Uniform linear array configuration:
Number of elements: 8
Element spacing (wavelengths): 0.75
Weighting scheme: blackman
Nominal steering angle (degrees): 45
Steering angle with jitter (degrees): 45.987
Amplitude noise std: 0.05
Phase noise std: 0.05

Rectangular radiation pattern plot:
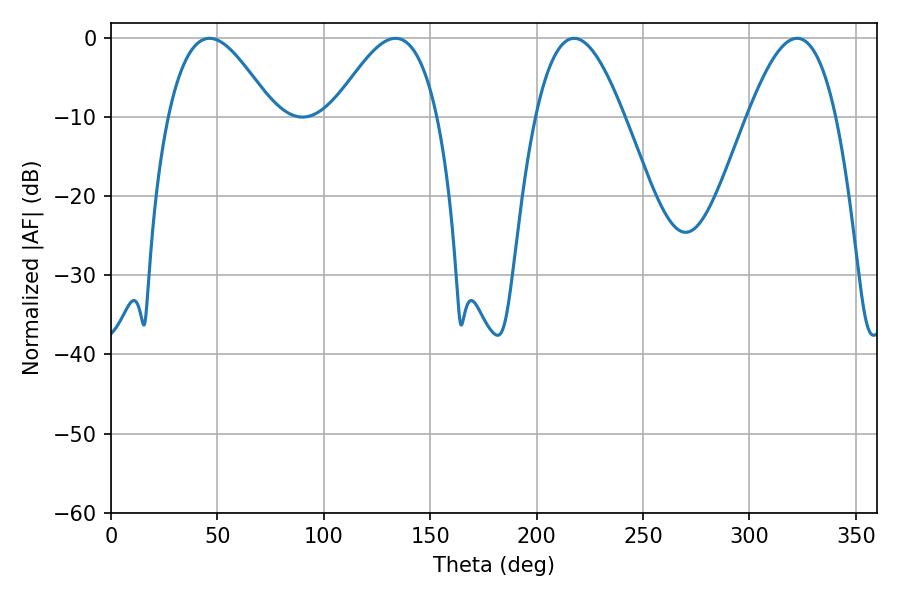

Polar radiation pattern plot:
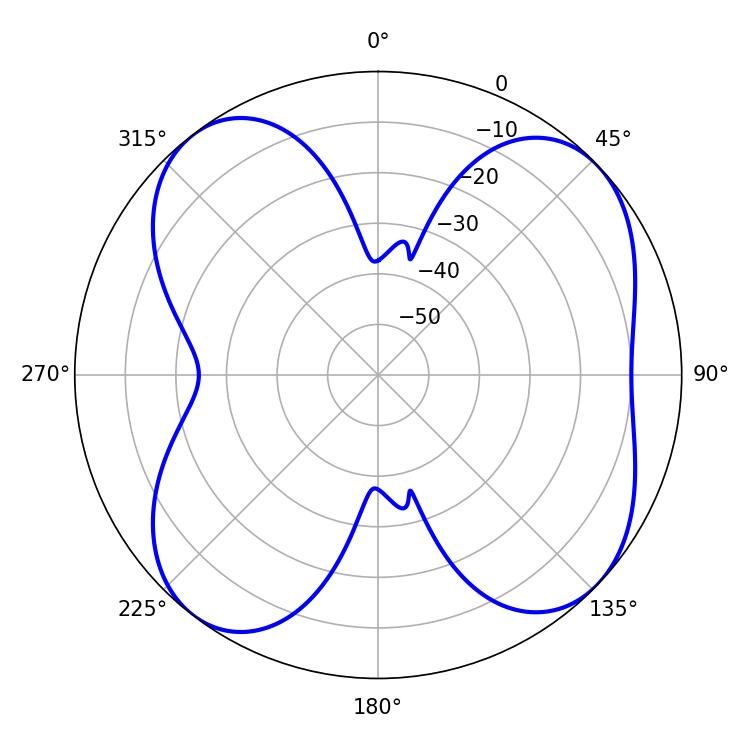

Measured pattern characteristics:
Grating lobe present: TRUE
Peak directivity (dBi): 8.926
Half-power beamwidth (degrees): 22.5
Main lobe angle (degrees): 217.62